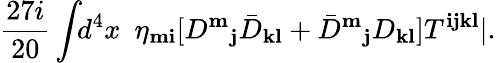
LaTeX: \frac{27i}{20}\int\! \! d^{4}x\, \, \, \eta_{{\mathbf m}{\mathbf i}}[D^{\mathbf m}{}_{{\mathbf j}}{\bar{D}}_{{\mathbf k}{\mathbf l}}+{\bar{D}}^{\mathbf m}{}_{{\mathbf j}}D_{{\mathbf k}{\mathbf l}}]T^{{\mathbf i}{\mathbf j}{\mathbf k}{\mathbf l}}|.